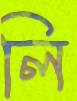
লি